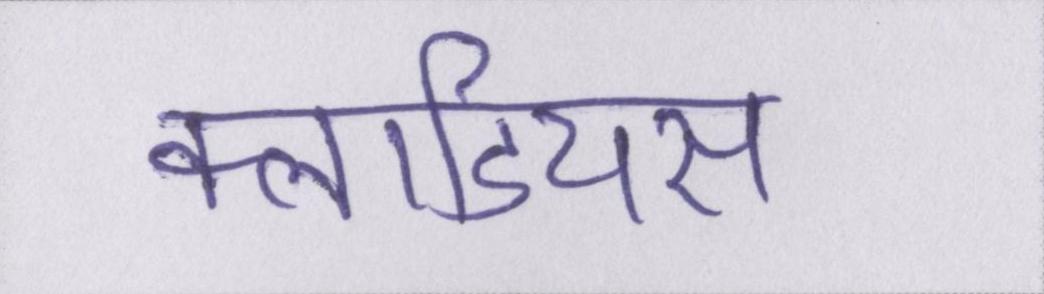
क्लाडियस